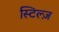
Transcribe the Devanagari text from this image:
स्टिल्ज़